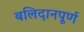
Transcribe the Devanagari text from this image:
बलिदानपूर्ण